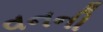
વનની